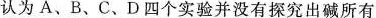
认为A、B、C、D四个实验并没有探究出碱所有